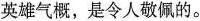
英雄气概，是令人敬佩的。